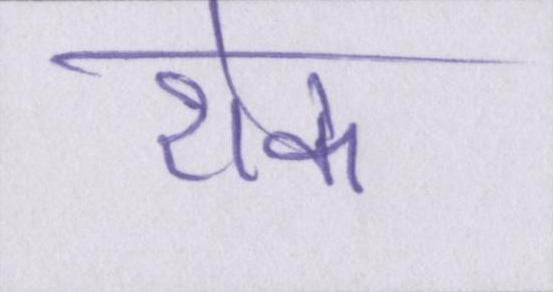
रोक